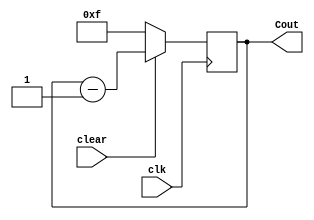

//////////////////////////////////////////////////////////////////////////////////
// Company: 
// Engineer: 
// 
// Create Date:
// Design Name: 
// Module Name: Four_bit_Down_counter
// Project Name: 
// Target Devices: 
// Tool Versions: 
// Description: 
// 
// Dependencies: 
// 
// Revision:
// Revision 0.01 - File Created
// Additional Comments:
// 
//////////////////////////////////////////////////////////////////////////////////

`timescale 1ns / 1ps
module Four_bit_Down_counter(
    input clear,
    input clk,
    output reg [3:0] Cout
    );
     initial
     Cout=4'b1111;
     
     always @ (posedge clk) 
     begin   
    if (clear==0)  
      Cout <= 4'b1111;  
    else  
      Cout <= Cout - 1;  
  end    
endmodule